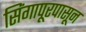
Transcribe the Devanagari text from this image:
सिंगापूरपासून